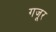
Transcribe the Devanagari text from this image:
गजूर